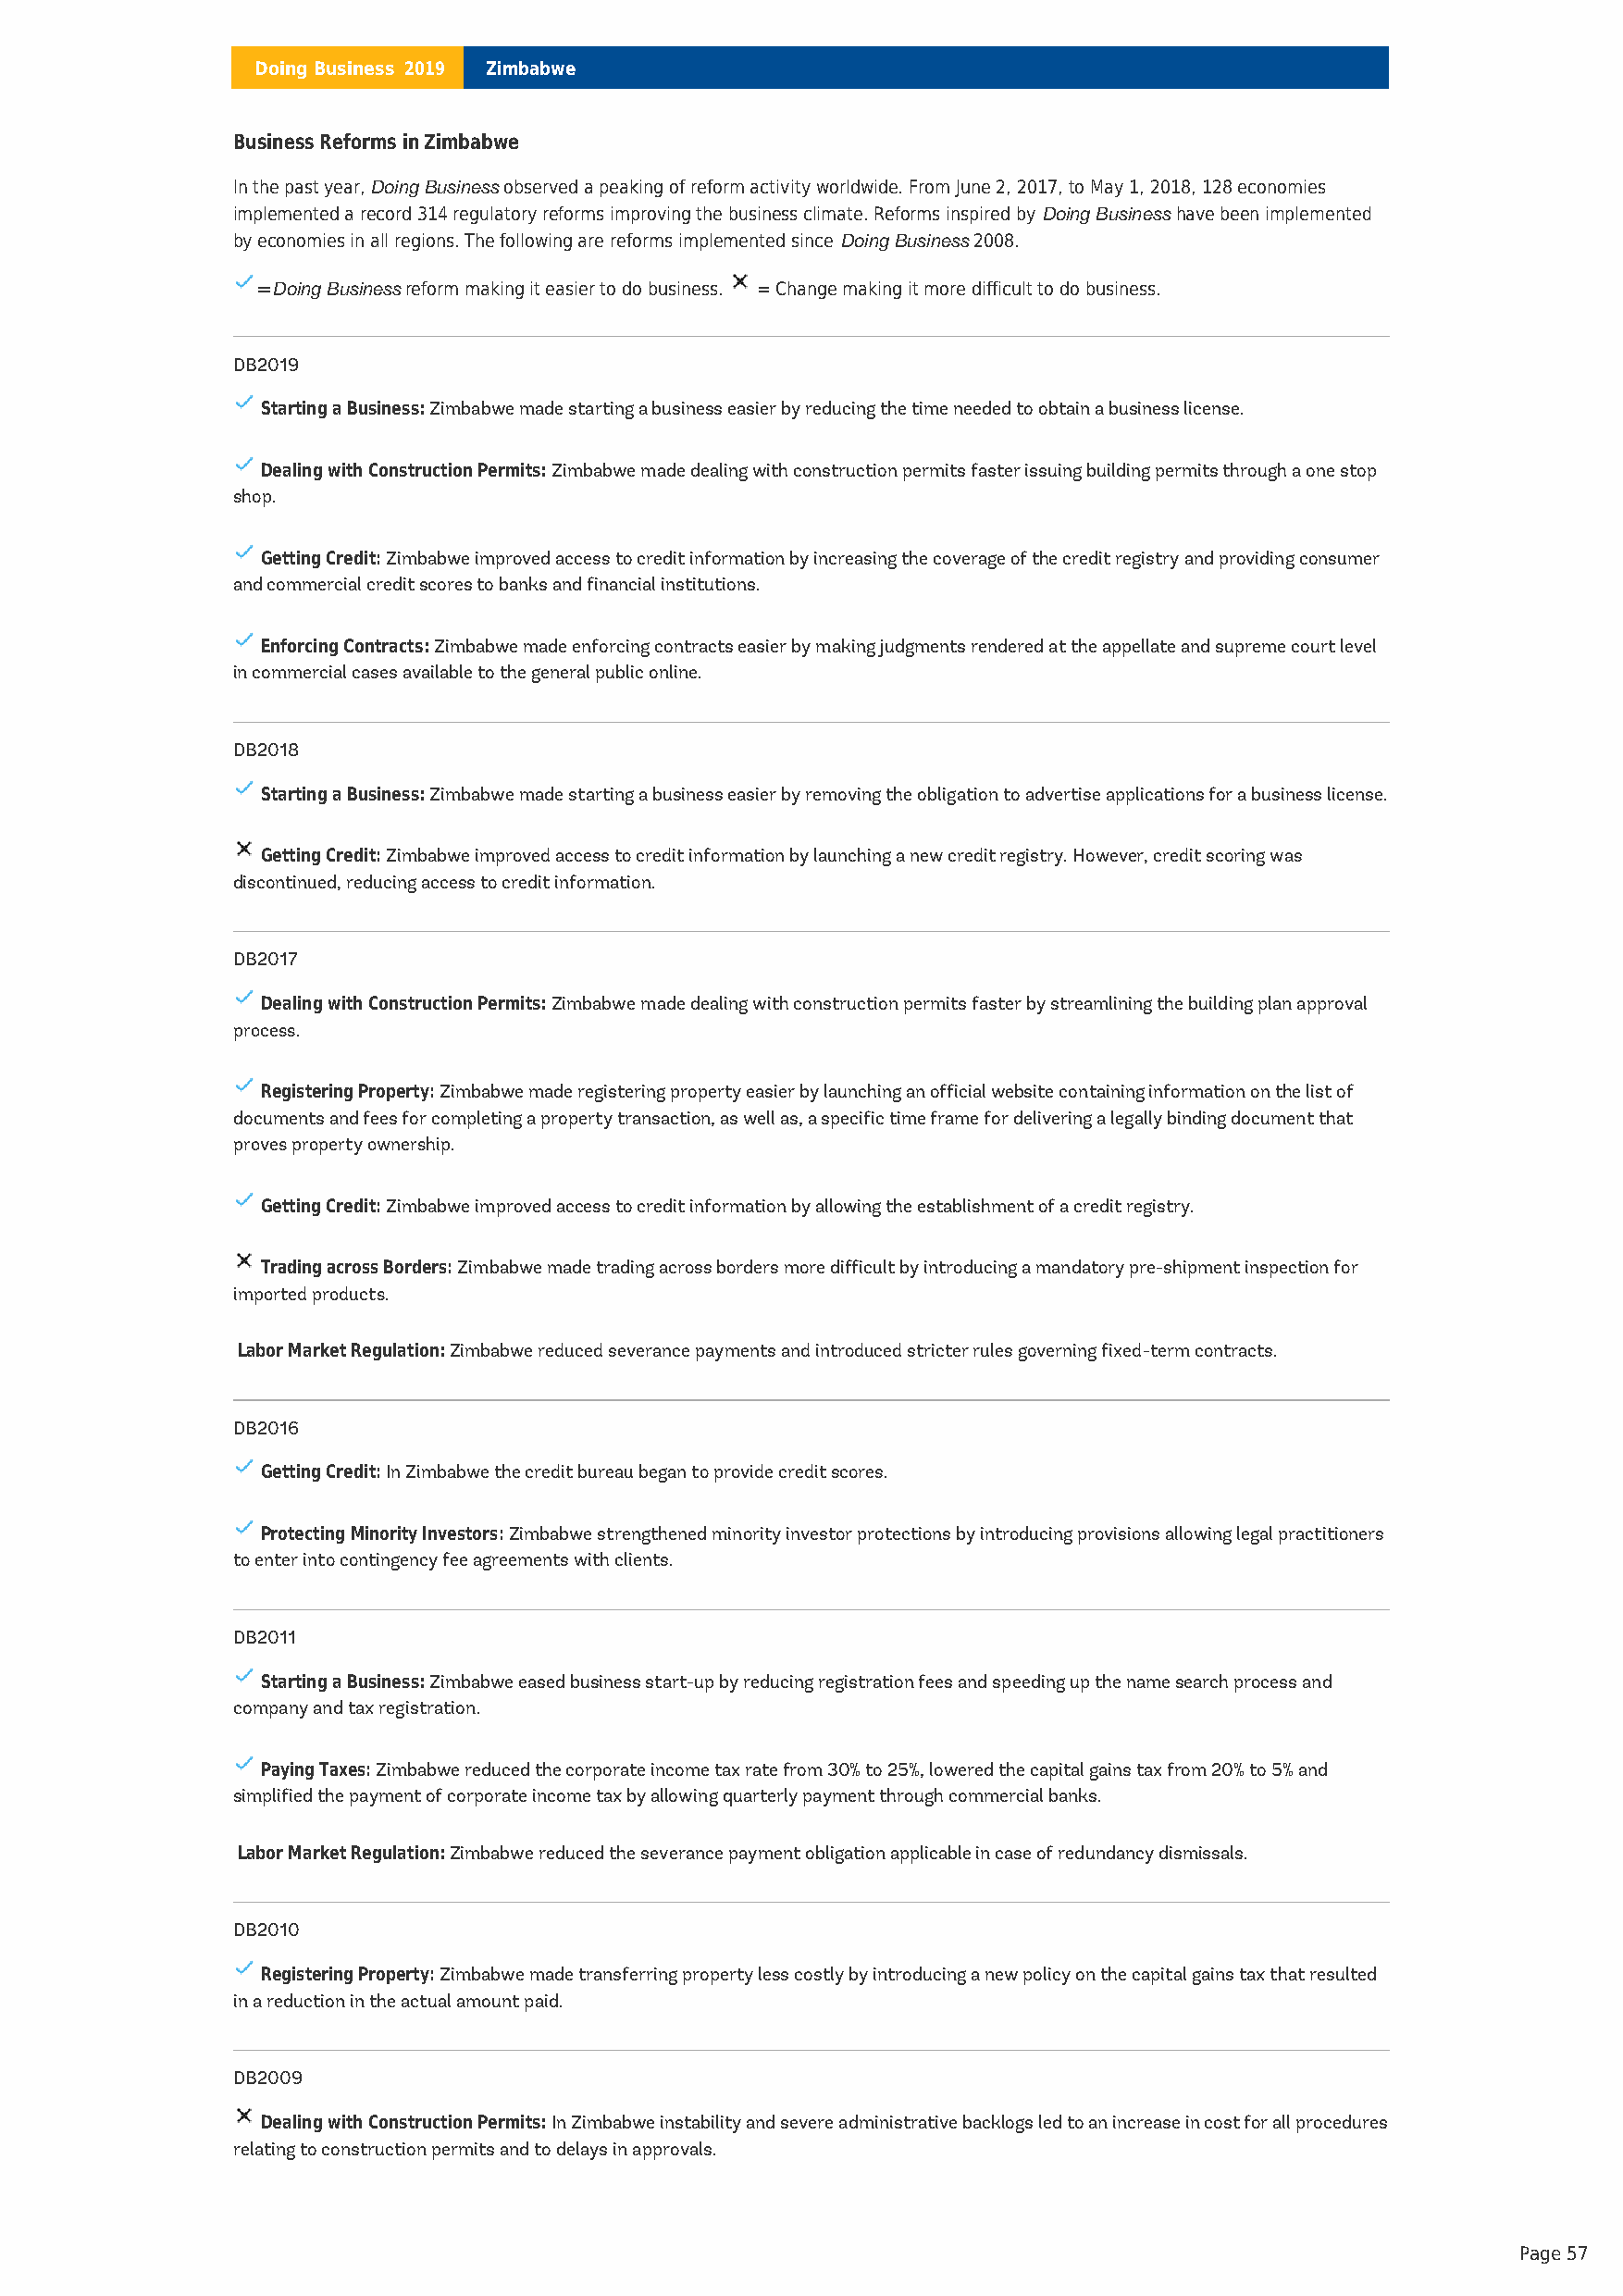
Doing Business 2019 Zimbabwe
 Business Reforms inZimbabwe
 In the past year,Doing Businessobserved a peaking of reform activity worldwide. From June 2, 2017, to May 1, 2018, 128 economies
 implemented a record 314 regulatory reforms improving the business climate. Reforms inspired byDoing Businesshave been implemented
 by economies in all regions. The following are reforms implemented sinceDoing Business2008.
 =Doing Businessreform making it easier to do business. = Change making it more difficult to do business.
 DB2019
 Starting a Business:Zimbabwe made starting a business easier by reducing the time needed to obtain a business license.
 Dealing with Construction Permits:Zimbabwe made dealing with construction permits faster issuing building permits through a one stop
 shop.
 Getting Credit:Zimbabwe improved access to credit information by increasing the coverage of the credit registry and providing consumer
 and commercial credit scores to banks and financial institutions.
 Enforcing Contracts:Zimbabwe made enforcing contracts easier by making judgments rendered at the appellate and supreme court level
 in commercial cases available to the general public online.
 DB2018
 Starting a Business:Zimbabwe made starting a business easier by removing the obligation to advertise applications for a business license.
 Getting Credit:Zimbabwe improved access to credit information by launching a new credit registry. However, credit scoring was
 discontinued, reducing access to credit information.
 DB2017
 Dealing with Construction Permits:Zimbabwe made dealing with construction permits faster by streamlining the building plan approval
 process.
 Registering Property:Zimbabwe made registering property easier by launching an official website containing information on the list of
 documents and fees for completing a property transaction, as well as, a specific time frame for delivering a legally binding document that
 proves property ownership.
 Getting Credit:Zimbabwe improved access to credit information by allowing the establishment of a credit registry.
 Trading across Borders:Zimbabwe made trading across borders more difficult by introducing a mandatory pre-shipment inspection for
 imported products.
 Labor Market Regulation:Zimbabwe reduced severance payments and introduced stricter rules governing fixed-term contracts.
 DB2016
 Getting Credit:In Zimbabwe the credit bureau began to provide credit scores.
 Protecting Minority Investors:Zimbabwe strengthened minority investor protections by introducing provisions allowing legal practitioners
 to enter into contingency fee agreements with clients.
 DB2011
 Starting a Business:Zimbabwe eased business start-up by reducing registration fees and speeding up the name search process and
 company and tax registration.
 Paying Taxes:Zimbabwe reduced the corporate income tax rate from 30% to 25%, lowered the capital gains tax from 20% to 5% and
 simplified the payment of corporate income tax by allowing quarterly payment through commercial banks.
 Labor Market Regulation:Zimbabwe reduced the severance payment obligation applicable in case of redundancy dismissals.
 DB2010
 Registering Property:Zimbabwe made transferring property less costly by introducing a new policy on the capital gains tax that resulted
 in a reduction in the actual amount paid.
 DB2009
 Dealing with Construction Permits:In Zimbabwe instability and severe administrative backlogs led to an increase in cost for all procedures
 relating to construction permits and to delays in approvals.
 Page 57